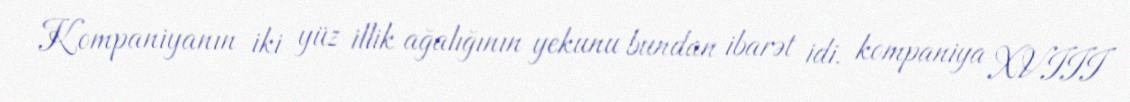
Kompaniyanın iki yüz illik ağalığının yekunu bundan ibarət idi. kompaniya XVIII